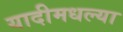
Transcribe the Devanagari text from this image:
यादीमधल्या